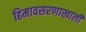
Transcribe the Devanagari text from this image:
हिमावसरणाखाली